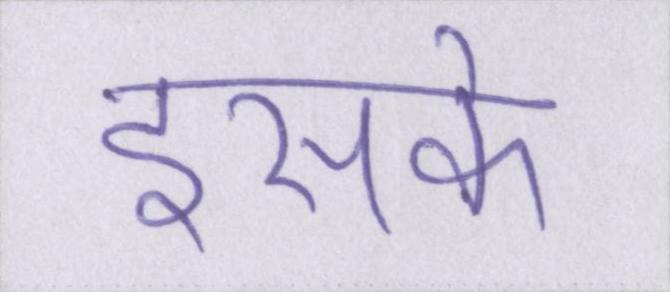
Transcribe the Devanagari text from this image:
इसके